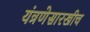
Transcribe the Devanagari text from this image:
यंत्रणेसारखीच